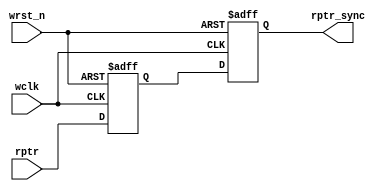
module SYNC_R2W #(parameter ASIZE = 4)
(
input                 wclk,               //write clock
input                 wrst_n,             //async write reset
input      [ASIZE:0]  rptr,               //read address from read clock region(gray code)
output reg [ASIZE:0]  rptr_sync           //the rptr synchronized to write clock
);

reg        [ASIZE:0]  rptr_d1;

always @(posedge wclk or negedge wrst_n)
	if(wrst_n == 1'b0)
		{rptr_sync, rptr_d1} <= 0;
    else
		{rptr_sync, rptr_d1} <= {rptr_d1, rptr};

endmodule